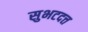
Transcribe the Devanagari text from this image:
सुभटदत्त